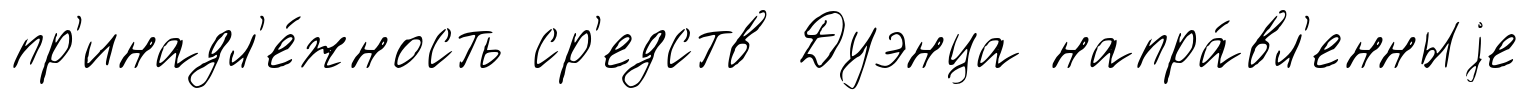
пр'инадл'е́жность ср'едств Дуэнца напра́вл'енныjе